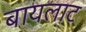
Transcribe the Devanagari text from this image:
बायलाट